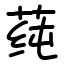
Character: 莼